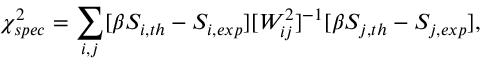
\chi _ { s p e c } ^ { 2 } = \sum _ { i , j } [ \beta S _ { i , t h } - S _ { i , e x p } ] [ W _ { i j } ^ { 2 } ] ^ { - 1 } [ \beta S _ { j , t h } - S _ { j , e x p } ] ,